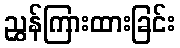
ညွှန်ကြားထားခြင်း